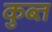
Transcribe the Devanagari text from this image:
कुब्त